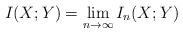
LaTeX: \begin{align*} I(X;Y) = \lim_{n\to \infty} I_n(X;Y)\end{align*}